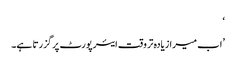
‘
’اب میرا زیادہ تر وقت ایئرپورٹ پر گزرتا ہے۔